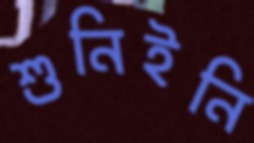
শুনিইনি